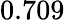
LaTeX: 0.709